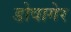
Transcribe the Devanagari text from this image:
डोवागेर